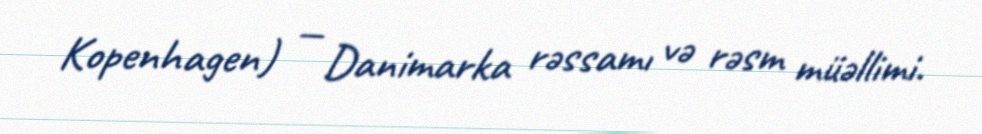
Kopenhagen) — Danimarka rəssamı və rəsm müəllimi.